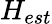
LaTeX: H_{est}